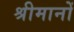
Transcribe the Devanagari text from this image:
श्रीमानों